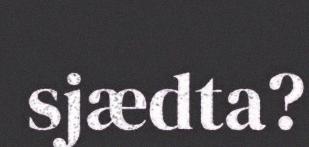
sjædta?